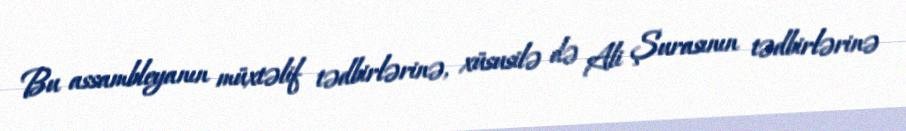
Bu assambleyanın müxtəlif tədbirlərinə, xüsusilə də Ali Şurasının tədbirlərinə